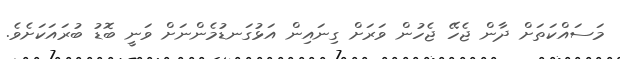
މަސައްކަތަށް ދާން ޖެހޭ ޖެހުން ވަރަށް ގިނައިން އަޅުގަނޑުމެންނަށް ވަނީ ބޮޑު ބުރައަކަށެވެ.